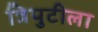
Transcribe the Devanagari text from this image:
त्रिपुटीला